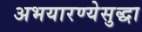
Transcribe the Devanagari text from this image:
अभयारण्येसुद्धा